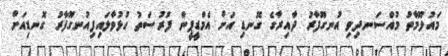
މައުލޫމާތު މުއްސަނދިވި އުނގޫފާރު ދާއިރާގެ ގޮނޑި އަށް އެމްޑީޕީން ފުރުސަތު ހުޅުވާލައިފިއުނގޫފާރު ގޮނޑިއަށް